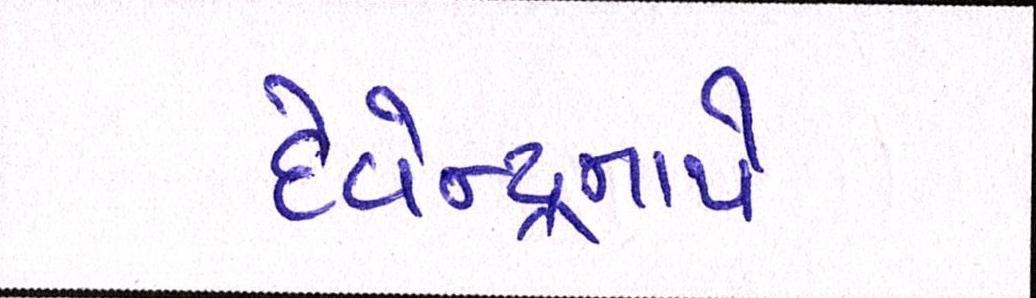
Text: દેવેન્દ્રનાથે